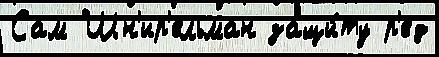
Сам Шн'ир'ельман защи́ту р'ед